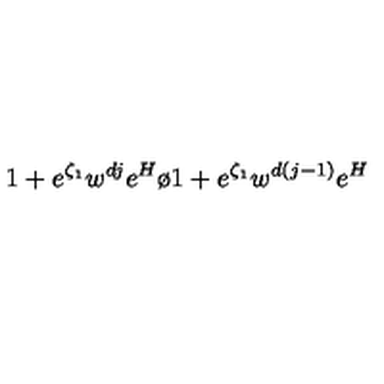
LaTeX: { { 1 + e ^ { \zeta _ { 1 } } w ^ { d j } e ^ { H } } \o { 1 + e ^ { \zeta _ { 1 } } w ^ { d ( j - 1 ) } e ^ { H } } }